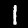
Digit: 1